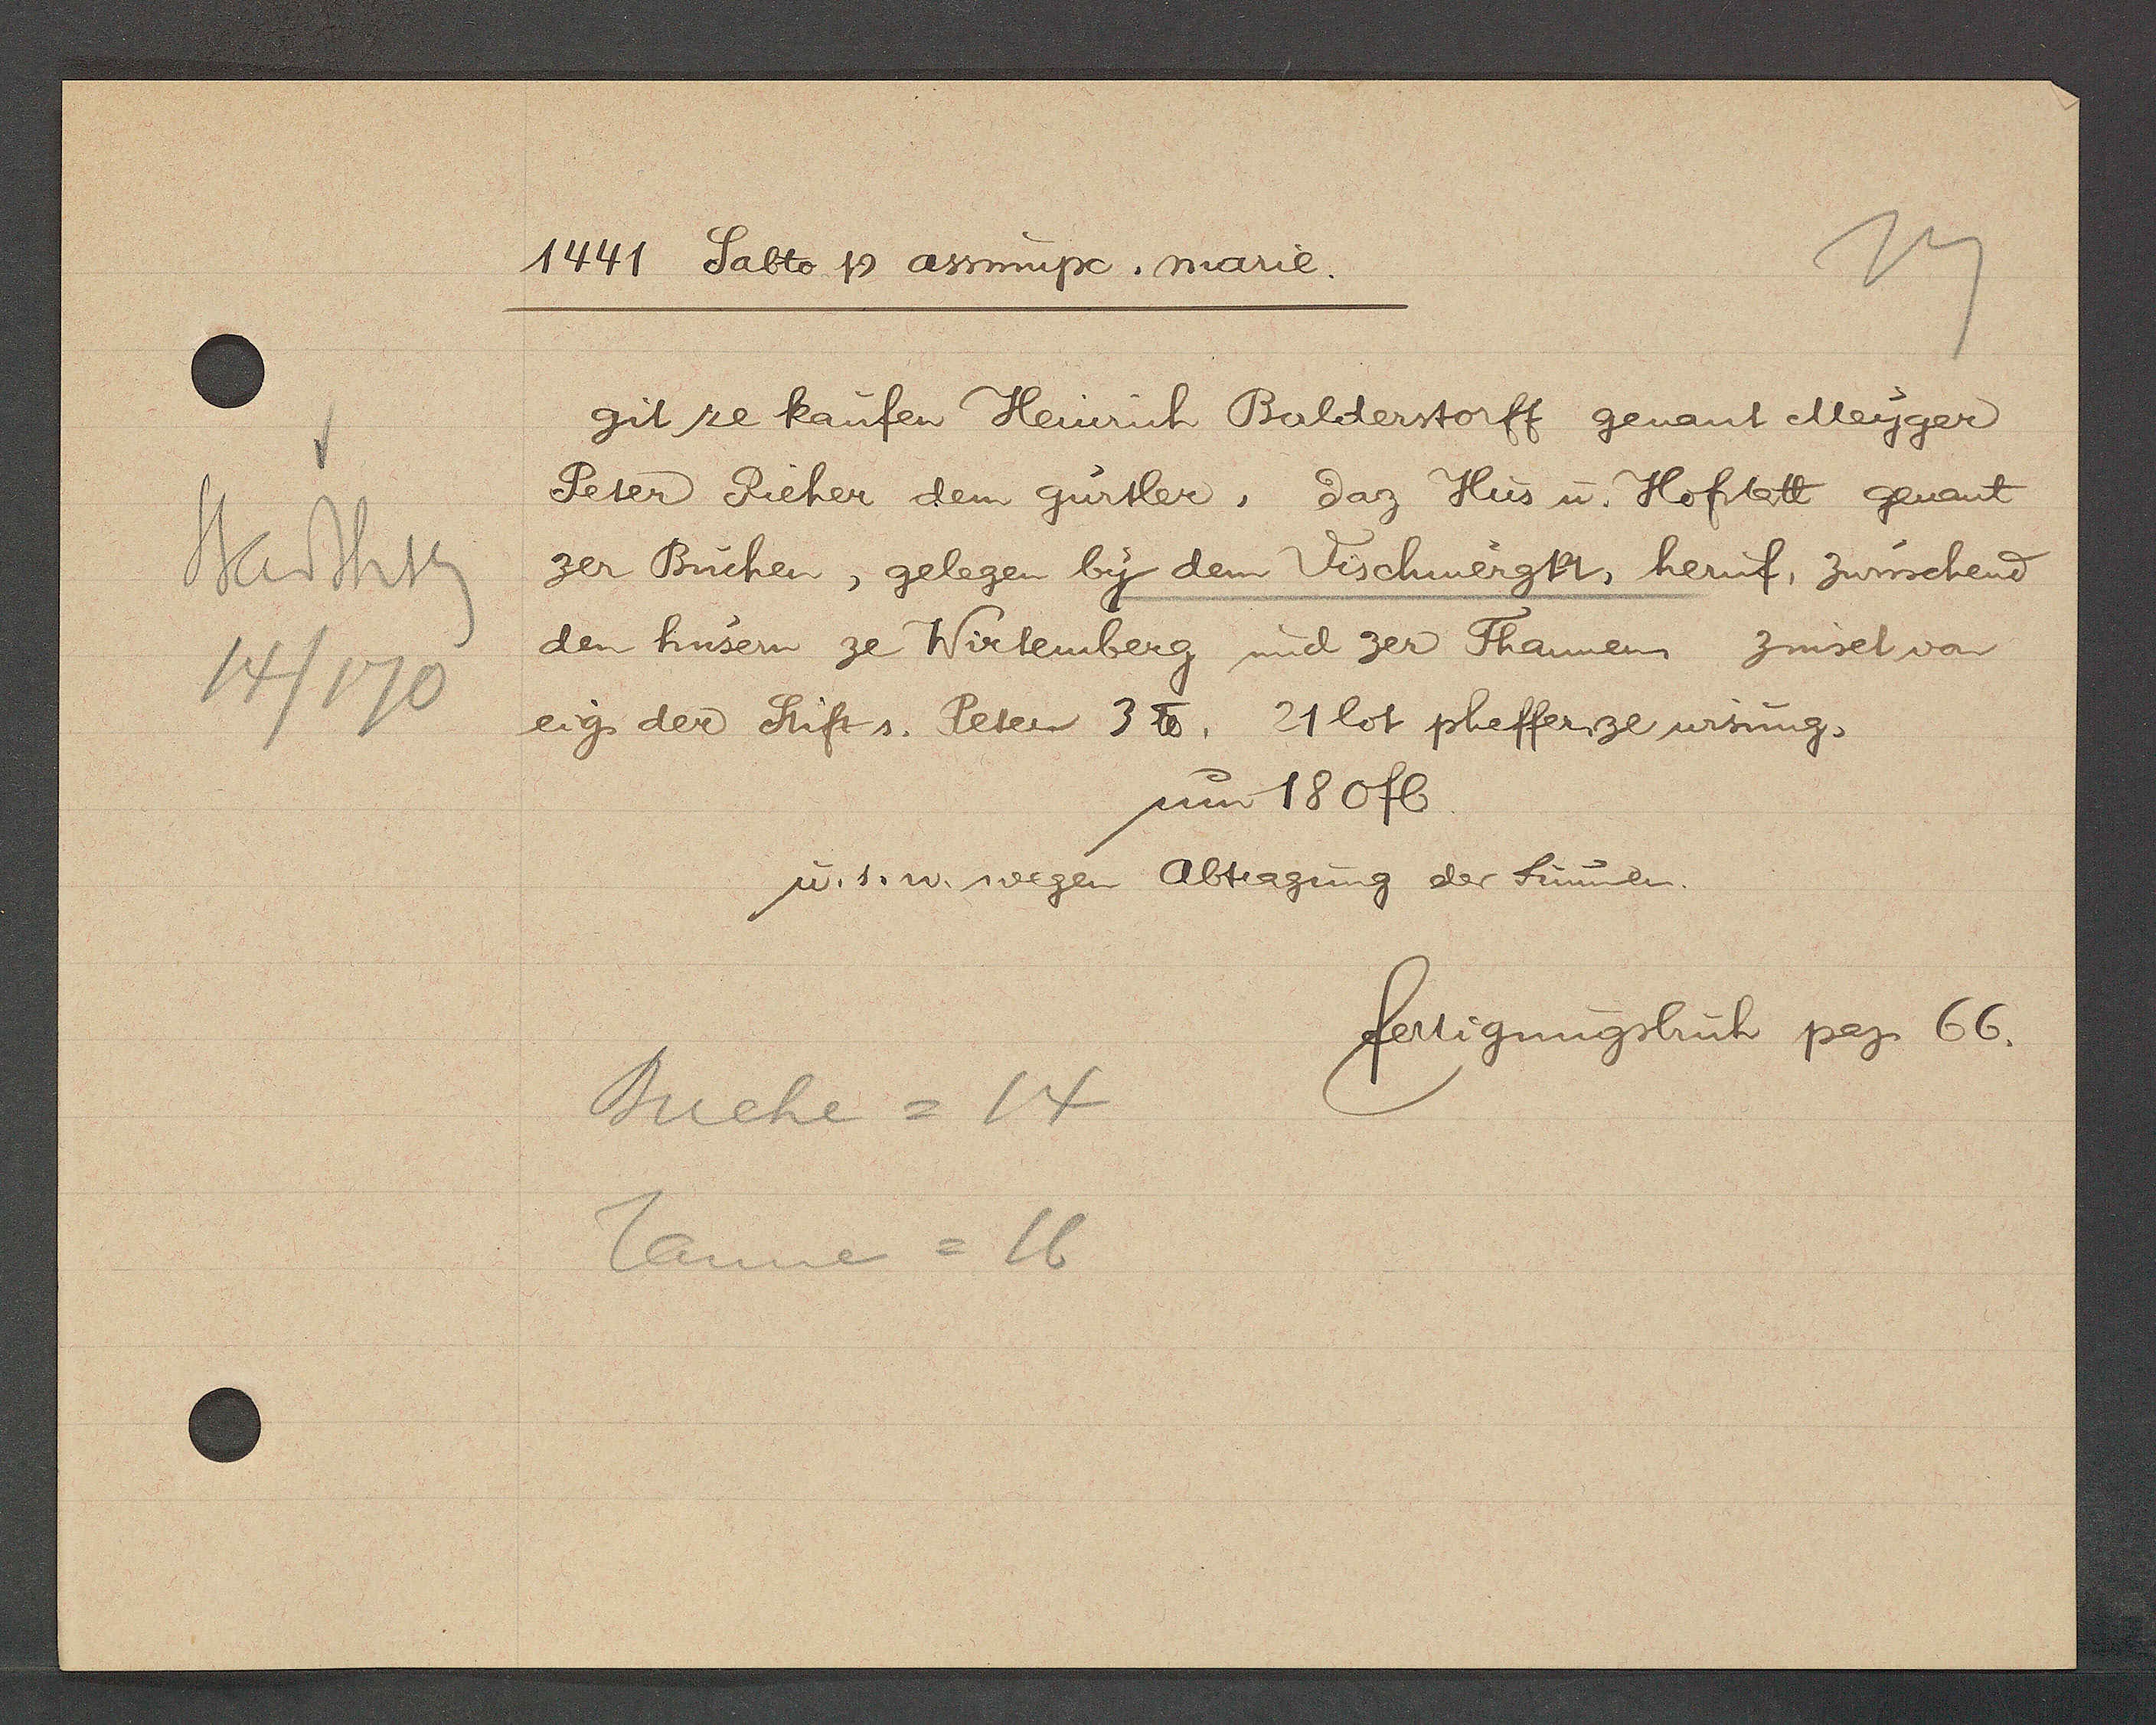
Transcript:
Stadthsg
14/170

1441 Sabto Ƿ asmupc. marie.

git ze kaufen Heinrich Balderstorff genant Meyger
Peter Rieher dem gurtler, daz Hus u. Hofstatt genant
zer Büchen, gelegen by dem Vischmergt, heruf, zwüschend
den hüsern ze Wirtemberg und zer Thannen zinset von
eig der Stift s. Peter 3 ℔. 21 lot pheffer ze wisung,
um 180 fl.
u. s. w. wegen Abtragung der Summen

Buche = 14
Tanne = 16

fertigungsbuch pag. 66.